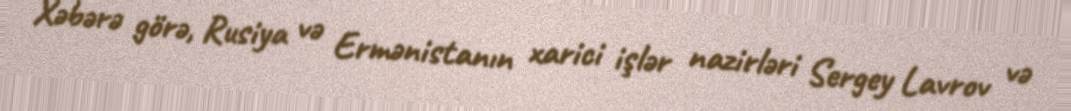
Xəbərə görə, Rusiya və Ermənistanın xarici işlər nazirləri Sergey Lavrov və